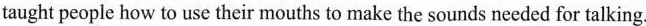
taught people how to use their mouths to make the sounds needed for talking.